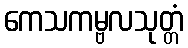
ကေသကမ္ဗလသုတ္တံ